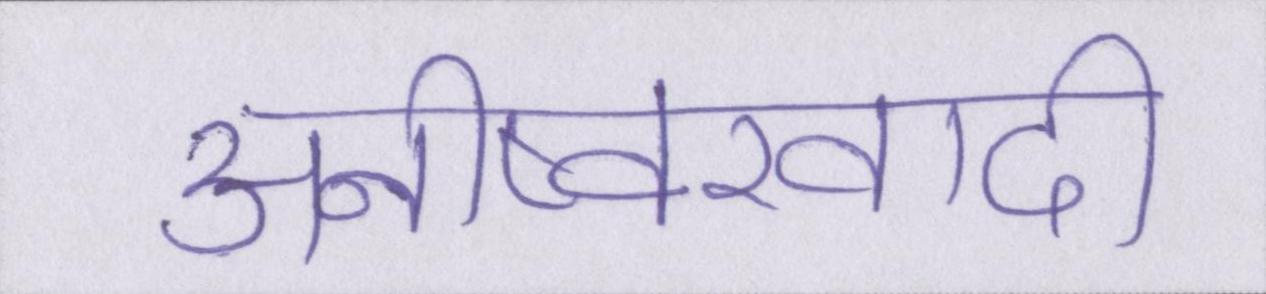
अनीष्वरवादी